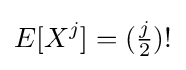
E[X^{j}]=({\tfrac {j}{2}})!